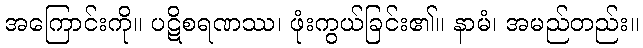
အကြောင်းကို။ ပဋိစရဏဿ၊ ဖုံးကွယ်ခြင်း၏။ နာမံ၊ အမည်တည်း။